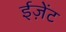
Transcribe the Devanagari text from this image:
ईज़ेंट